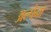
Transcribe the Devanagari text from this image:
अल्पेना